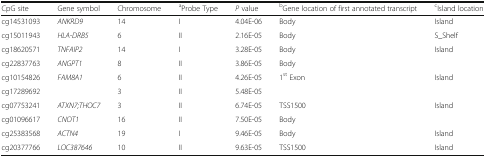
| CpG site | Gene symbol | Chromosome | aProbe Type | P value | bGene location of first annotated transcript | cIsland location |
 | --- | --- | --- | --- | --- | --- | --- |
 | cg14531093 | ANKRD9 | 14 | I | 4.04E-06 | Body | Island |
 | cg15011943 | HLA-DRB5 | 6 | II | 2.16E-05 | Body | S_Shelf |
 | cg18620571 | TNFAIP2 | 14 | I | 3.28E-05 | Body | Island |
 | cg22837763 | ANGPT1 | 8 | II | 3.86E-05 | Body |  |
 | cg10154826 | FAM8A1 | 6 | II | 4.26E-05 | 1st Exon | Island |
 | cg17289692 |  | 3 | II | 5.48E-05 |  |  |
 | cg07753241 | ATXN7;THOC7 | 3 | II | 6.74E-05 | TSS1500 | Island |
 | cg01096617 | CNOT1 | 16 | II | 7.50E-05 | Body |  |
 | cg25383568 | ACTN4 | 19 | I | 9.46E-05 | Body | Island |
 | cg20377766 | LOC387646 | 10 | II | 9.63E-05 | TSS1500 | Island |